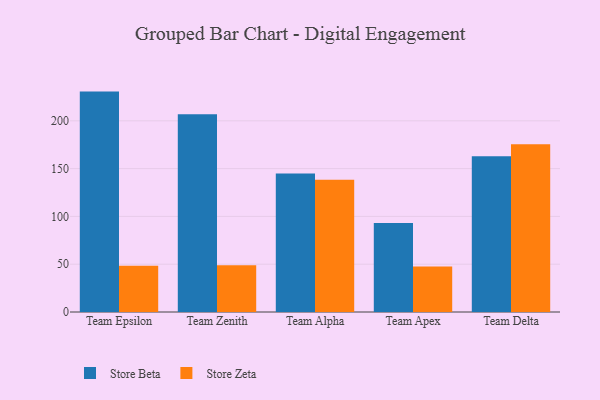
{"axis": {"x": "Team", "y": "Operating Costs (USD K)"}, "legend": ["Store Beta", "Store Zeta"], "data": [{"x": "Team Epsilon", "y": 230.6, "type": "Store Beta"}, {"x": "Team Epsilon", "y": 48.5, "type": "Store Zeta"}, {"x": "Team Zenith", "y": 207.0, "type": "Store Beta"}, {"x": "Team Zenith", "y": 48.9, "type": "Store Zeta"}, {"x": "Team Alpha", "y": 145.0, "type": "Store Beta"}, {"x": "Team Alpha", "y": 138.5, "type": "Store Zeta"}, {"x": "Team Apex", "y": 93.2, "type": "Store Beta"}, {"x": "Team Apex", "y": 47.5, "type": "Store Zeta"}, {"x": "Team Delta", "y": 163.0, "type": "Store Beta"}, {"x": "Team Delta", "y": 175.6, "type": "Store Zeta"}]}